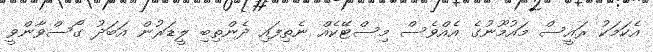
އެކަމަކު ރައީސް މައުމޫނުގެ އެއްވެސް މިސްޓޭކެއް ނެތިފައި ދެންތިބި ލީޑަރުން އަބަދު ގޯސްވާންވީ